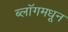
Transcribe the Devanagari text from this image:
ब्लॉगमधून